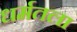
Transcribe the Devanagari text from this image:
धर्मतला